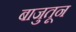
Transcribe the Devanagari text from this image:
बाजुतून